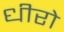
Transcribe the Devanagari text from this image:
धीरो